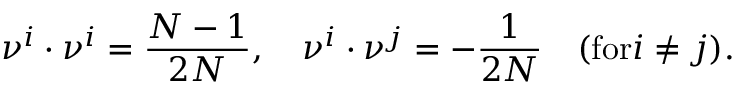
\nu ^ { i } \cdot \nu ^ { i } = { \frac { N - 1 } { 2 N } } , \quad \nu ^ { i } \cdot \nu ^ { j } = - { \frac { 1 } { 2 N } } \quad ( \mathrm { f o r } i \not = j ) .